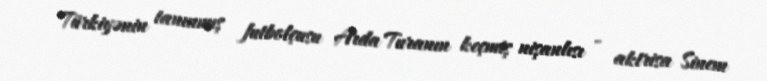
Türkiyənin tanınmış futbolçusu Arda Turanın keçmiş nişanlısı - aktrisa Sinem